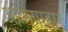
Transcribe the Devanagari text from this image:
आमिषाहार